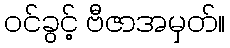
ဝင်ခွင့် ဗီဇာအမှတ်။